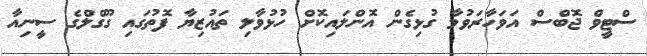
ސްޓީވް ޖޮބްސް އަވަހާރަވުމާ ގުޅިގެން އޮންލައިކޮށް ހުޅުވާލި ތައުޒިޔާ ފޮތުގައި ގޫގްލްގެ ސީނިއާ